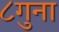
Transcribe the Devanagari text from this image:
८गुना